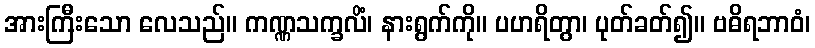
အားကြီးသော လေသည်။ ကဏ္ဏသက္ခလိံ၊ နားရွက်ကို။ ပဟရိတွာ၊ ပုတ်ခတ်၍။ ဗဓိရဘာဝံ၊